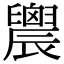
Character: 䢉